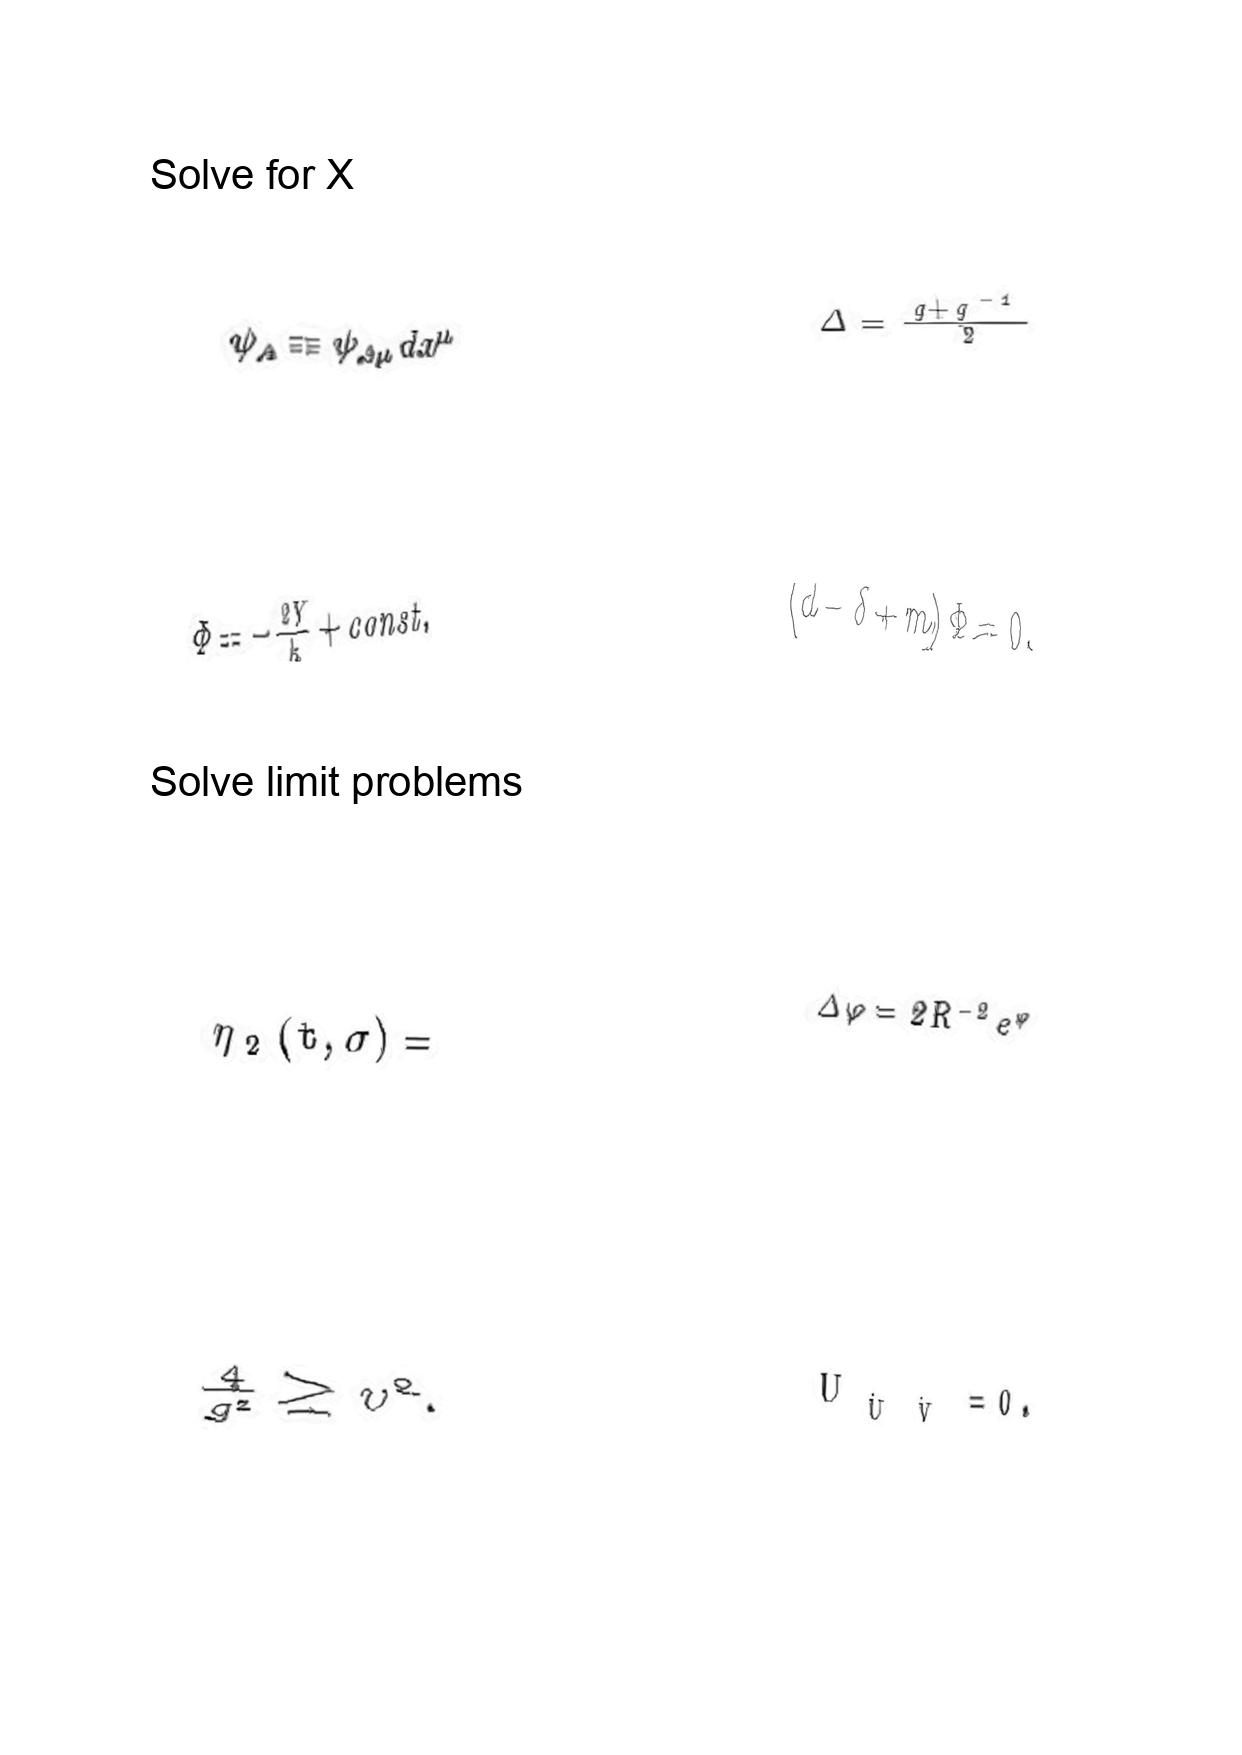
LaTeX transcription:
\psi _ { A } \equiv \psi _ { A \mu } d x ^ { \mu }
\Phi = - \frac { 2 Y } { k } + c o n s t .
\eta _ { 2 } \lparen t , \sigma \rparen =
\frac { 4 } { g ^ { 2 } } \geq v ^ { 2 } .
\Delta = \frac { q + q ^ { - 1 } } { 2 }
\lparen d - \delta + m \rparen \Phi = 0 ,
\Delta \varphi = 2 R ^ { - 2 } e ^ { \varphi }
U _ { \hat { U } \hat { V } } = 0 .